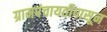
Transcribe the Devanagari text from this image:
ग्रामपंचायतीपासून